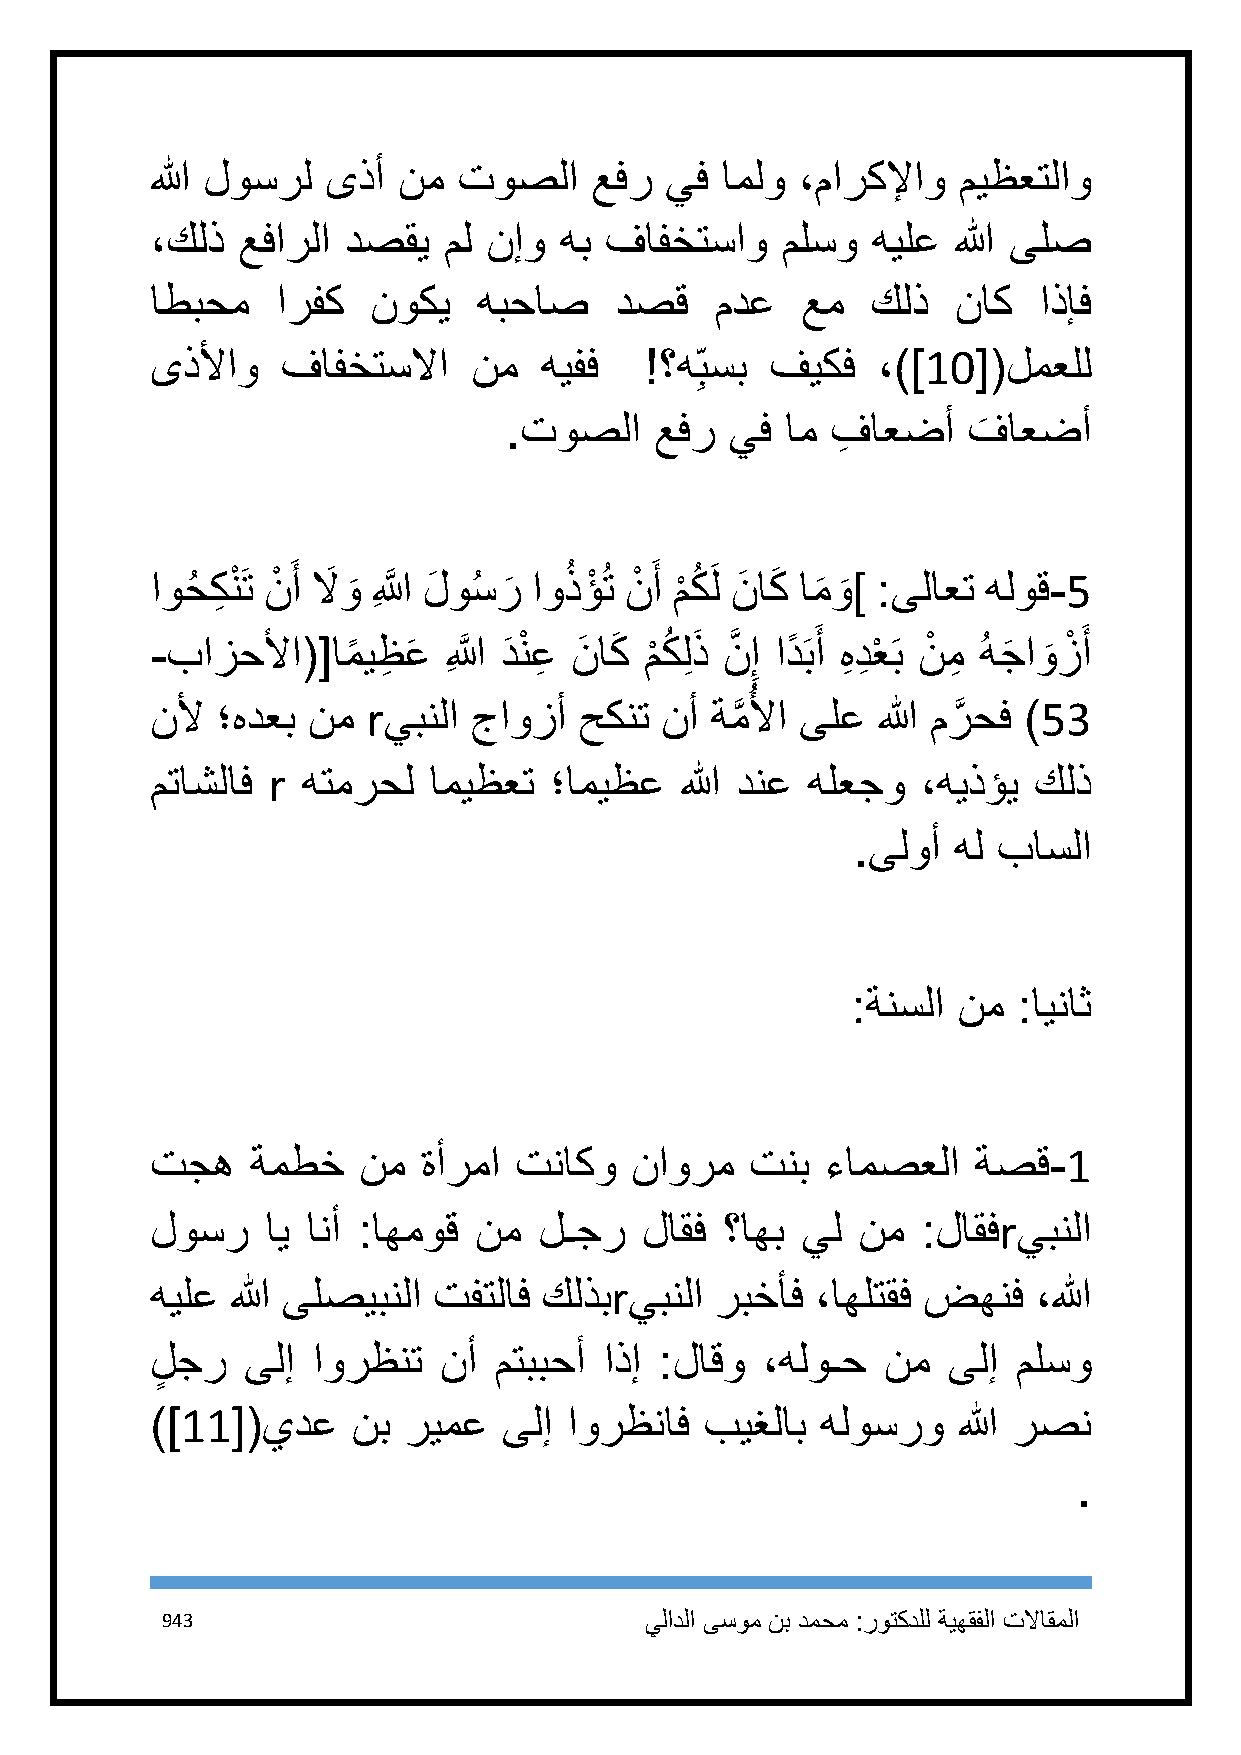
الله لوسرل  ىذأ نم  توصلا    عفر  يف  املو ،ماركلإاو ميظعتلاو
 ،كلذ  عفارلا دصقي  مل نإو  هب فافختساو    ملسو  هيلع الله ىلص
 اطبحم   ارفك   نوكي   هبحاص    دصق   مدع   عم   كلذ  ناك   اذإف
 ىذلأاو   فافختسلاا   نم   هيفف   !؟ه ِبسب فيكف  ،)]11[(لمعلل
 .توصلا   عفر  يف  ام فِ اعضأ  ف
 َ
 اعضأ
 اوحُ كِ نْ َت نْ َ أ لاَ و َ اللَِّ َّ لَ وسُ ر َ اوُ ذؤْ ُت نْ َ أ م ْ كُ َل نَ اكَ ام َ و َ ] :ىلاعت هلوق-5
 -بازحلأا([امً يظِ عَ اللَِّ َّ دَ نْ عِ نَ اكَ م ْ كُ لِ ذَ نَّ ِإ ادً َبَ أ هِ دِ عْ َب نْ مِ ُ هجَ او َ زْ َ أ
 ُ
 نلأ ؛هدعب نم  rيبنلا جاوزأ  حكنت  نأ ةمَّ لأا ىلع الله مرَّ حف )53
 متاشلاف r هتمرحل  اميظعت  ؛اميظع   الله دنع هلعجو  ،هيذؤي كلذ
 .ىلوأ هل باسلا
 :ةنسلا نم  :ايناث
 تجه    ةمطخ   نم  ةأرما تناكو   ناورم   تنب  ءامصعلا  ةصق-1
 لوسر    اي انأ :اهموق نم  لـجر  لاقف  ؟اهب يل  نم  :لاقفrيبنلا
 هيلع الله ىلصيبنلا تفتلاف كلذبrيبنلا ربخأف  ،اهلتقف ضهنف   ،الله
 لٍ جر ىلإ  اورظنت  نأ  متببحأ اذإ :لاقو ،هلوـح  نم   ىلإ ملسو
 )]11[(يدع    نب  ريمع  ىلإ  اورظناف  بيغلاب هلوسرو   الله رصن
 .
 943                             يلادلا ىسوم نب دمحم :روتكدلل ةيهقفلا تلااقملا